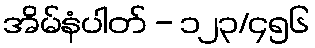
အိမ်နံပါတ် - ၁၂၃/၄၅၆